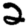
Digit: 2